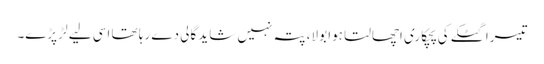
تیسرا گٹکے کی پچکاری اچھالتا ہوا بولا، پتہ نہیں شاید گالی دے رہا تھا اسی لیے لڑ پڑے۔